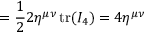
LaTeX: = { \frac { 1 } { 2 } } 2 \eta ^ { \mu \nu } \operatorname { t r } ( I _ { 4 } ) = 4 \eta ^ { \mu \nu }